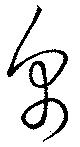
帛